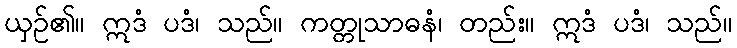
ယှဉ်၏။ ဣဒံ ပဒံ၊ သည်။ ကတ္တုသာဓနံ၊ တည်း။ ဣဒံ ပဒံ၊ သည်။